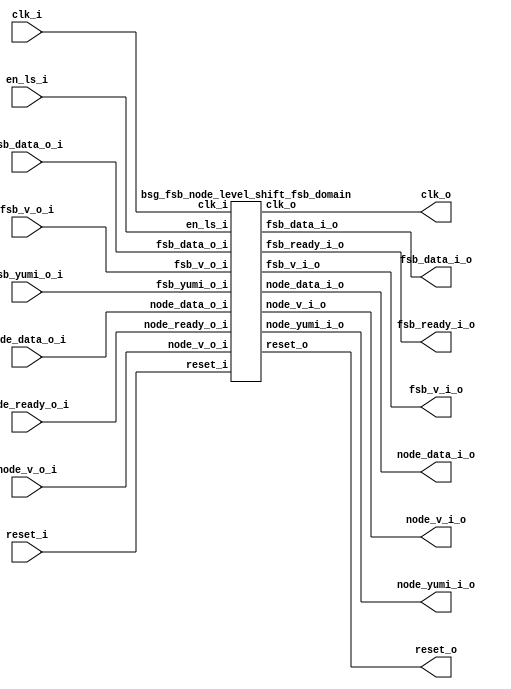
// This program was cloned from: https://github.com/chipsalliance/synlig
// License: Apache License 2.0



module top
(
  en_ls_i,
  clk_i,
  reset_i,
  clk_o,
  reset_o,
  fsb_v_i_o,
  fsb_data_i_o,
  fsb_yumi_o_i,
  fsb_v_o_i,
  fsb_data_o_i,
  fsb_ready_i_o,
  node_v_i_o,
  node_data_i_o,
  node_ready_o_i,
  node_v_o_i,
  node_data_o_i,
  node_yumi_i_o
);

  output [4:0] fsb_data_i_o;
  input [4:0] fsb_data_o_i;
  output [4:0] node_data_i_o;
  input [4:0] node_data_o_i;
  input en_ls_i;
  input clk_i;
  input reset_i;
  input fsb_yumi_o_i;
  input fsb_v_o_i;
  input node_ready_o_i;
  input node_v_o_i;
  output clk_o;
  output reset_o;
  output fsb_v_i_o;
  output fsb_ready_i_o;
  output node_v_i_o;
  output node_yumi_i_o;

  bsg_fsb_node_level_shift_fsb_domain
  wrapper
  (
    .fsb_data_i_o(fsb_data_i_o),
    .fsb_data_o_i(fsb_data_o_i),
    .node_data_i_o(node_data_i_o),
    .node_data_o_i(node_data_o_i),
    .en_ls_i(en_ls_i),
    .clk_i(clk_i),
    .reset_i(reset_i),
    .fsb_yumi_o_i(fsb_yumi_o_i),
    .fsb_v_o_i(fsb_v_o_i),
    .node_ready_o_i(node_ready_o_i),
    .node_v_o_i(node_v_o_i),
    .clk_o(clk_o),
    .reset_o(reset_o),
    .fsb_v_i_o(fsb_v_i_o),
    .fsb_ready_i_o(fsb_ready_i_o),
    .node_v_i_o(node_v_i_o),
    .node_yumi_i_o(node_yumi_i_o)
  );


endmodule



module bsg_level_shift_up_down_source_width_p1
(
  v0_en_i,
  v0_data_i,
  v1_data_o
);

  input [0:0] v0_data_i;
  output [0:0] v1_data_o;
  input v0_en_i;
  wire [0:0] v1_data_o;
  assign v1_data_o[0] = v0_data_i[0] & v0_en_i;

endmodule



module bsg_level_shift_up_down_sink_width_p1
(
  v0_data_i,
  v1_en_i,
  v1_data_o
);

  input [0:0] v0_data_i;
  output [0:0] v1_data_o;
  input v1_en_i;
  wire [0:0] v1_data_o;
  assign v1_data_o[0] = v0_data_i[0] & v1_en_i;

endmodule



module bsg_level_shift_up_down_sink_width_p5
(
  v0_data_i,
  v1_en_i,
  v1_data_o
);

  input [4:0] v0_data_i;
  output [4:0] v1_data_o;
  input v1_en_i;
  wire [4:0] v1_data_o;
  assign v1_data_o[4] = v0_data_i[4] & v1_en_i;
  assign v1_data_o[3] = v0_data_i[3] & v1_en_i;
  assign v1_data_o[2] = v0_data_i[2] & v1_en_i;
  assign v1_data_o[1] = v0_data_i[1] & v1_en_i;
  assign v1_data_o[0] = v0_data_i[0] & v1_en_i;

endmodule



module bsg_level_shift_up_down_source_width_p5
(
  v0_en_i,
  v0_data_i,
  v1_data_o
);

  input [4:0] v0_data_i;
  output [4:0] v1_data_o;
  input v0_en_i;
  wire [4:0] v1_data_o;
  assign v1_data_o[4] = v0_data_i[4] & v0_en_i;
  assign v1_data_o[3] = v0_data_i[3] & v0_en_i;
  assign v1_data_o[2] = v0_data_i[2] & v0_en_i;
  assign v1_data_o[1] = v0_data_i[1] & v0_en_i;
  assign v1_data_o[0] = v0_data_i[0] & v0_en_i;

endmodule



module bsg_fsb_node_level_shift_fsb_domain
(
  en_ls_i,
  clk_i,
  reset_i,
  clk_o,
  reset_o,
  fsb_v_i_o,
  fsb_data_i_o,
  fsb_yumi_o_i,
  fsb_v_o_i,
  fsb_data_o_i,
  fsb_ready_i_o,
  node_v_i_o,
  node_data_i_o,
  node_ready_o_i,
  node_v_o_i,
  node_data_o_i,
  node_yumi_i_o
);

  output [4:0] fsb_data_i_o;
  input [4:0] fsb_data_o_i;
  output [4:0] node_data_i_o;
  input [4:0] node_data_o_i;
  input en_ls_i;
  input clk_i;
  input reset_i;
  input fsb_yumi_o_i;
  input fsb_v_o_i;
  input node_ready_o_i;
  input node_v_o_i;
  output clk_o;
  output reset_o;
  output fsb_v_i_o;
  output fsb_ready_i_o;
  output node_v_i_o;
  output node_yumi_i_o;
  wire [4:0] fsb_data_i_o,node_data_i_o;
  wire clk_o,reset_o,fsb_v_i_o,fsb_ready_i_o,node_v_i_o,node_yumi_i_o;

  bsg_level_shift_up_down_source_width_p1
  clk_ls_inst
  (
    .v0_en_i(1'b1),
    .v0_data_i(clk_i),
    .v1_data_o(clk_o)
  );


  bsg_level_shift_up_down_source_width_p1
  reset_ls_inst
  (
    .v0_en_i(1'b1),
    .v0_data_i(reset_i),
    .v1_data_o(reset_o)
  );


  bsg_level_shift_up_down_sink_width_p1
  n2f_v_ls_inst
  (
    .v0_data_i(node_v_o_i),
    .v1_en_i(en_ls_i),
    .v1_data_o(fsb_v_i_o)
  );


  bsg_level_shift_up_down_sink_width_p5
  n2f_data_ls_inst
  (
    .v0_data_i(node_data_o_i),
    .v1_en_i(en_ls_i),
    .v1_data_o(fsb_data_i_o)
  );


  bsg_level_shift_up_down_source_width_p1
  f2n_yumi_ls_inst
  (
    .v0_en_i(en_ls_i),
    .v0_data_i(fsb_yumi_o_i),
    .v1_data_o(node_yumi_i_o)
  );


  bsg_level_shift_up_down_source_width_p1
  f2n_v_ls_inst
  (
    .v0_en_i(en_ls_i),
    .v0_data_i(fsb_v_o_i),
    .v1_data_o(node_v_i_o)
  );


  bsg_level_shift_up_down_source_width_p5
  f2n_data_ls_inst
  (
    .v0_en_i(en_ls_i),
    .v0_data_i(fsb_data_o_i),
    .v1_data_o(node_data_i_o)
  );


  bsg_level_shift_up_down_sink_width_p1
  n2f_ready_ls_inst
  (
    .v0_data_i(node_ready_o_i),
    .v1_en_i(en_ls_i),
    .v1_data_o(fsb_ready_i_o)
  );


endmodule